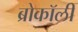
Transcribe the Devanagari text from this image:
ब्रोकॉली